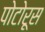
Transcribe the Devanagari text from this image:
पोटोरूस